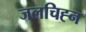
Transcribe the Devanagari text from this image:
जलचिह्न